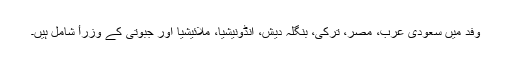
وفد میں سعودی عرب، مصر، ترکی، بنگلہ دیش، انڈونیشیا، ملائیشیا اور جبوتی کے وزراٴ شامل ہیں۔